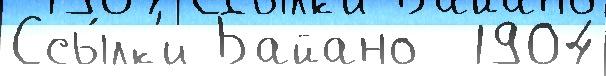
Ссы́лк'и Байано  1904